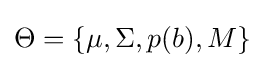
\Theta =\{\mu ,\Sigma ,p(b),M\}